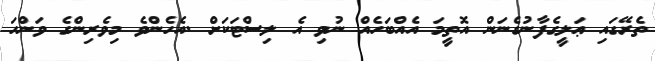
ތެރޭގައި ޢަލީގެފާނުގެނަން އޮތީމަ އެއްބަހެއް ނުވި އެ ލިސްޓަކަށް .އެހެންވެ މިވެރިންގެ ވަންހަ